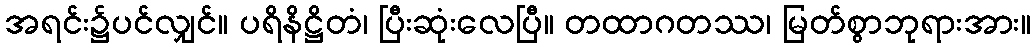
အရင်း၌ပင်လျှင်။ ပရိနိဋ္ဌိတံ၊ ပြီးဆုံးလေပြီ။ တထာဂတဿ၊ မြတ်စွာဘုရားအား။